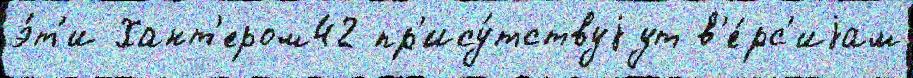
э́т'и Хант'ером42 пр'ису́тствуjут в'е́рс'иjам